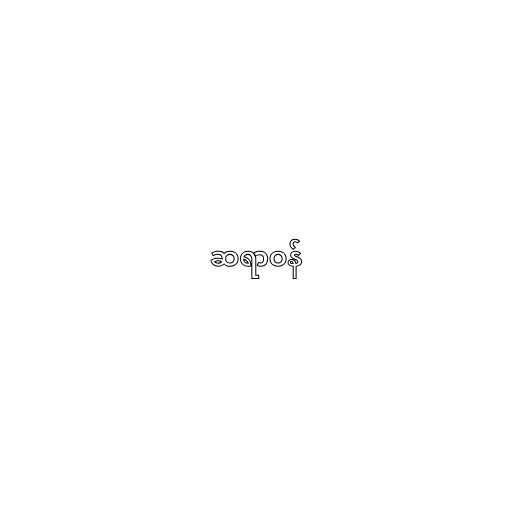
ဆရာဝန်